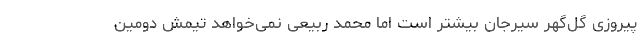
پیروزی گل‌گهر سیرجان بیشتر است اما محمد ربیعی نمی‌خواهد تیمش دومین